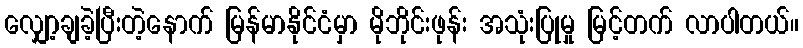
လျှော့ချခဲ့ပြီးတဲ့နောက် မြန်မာနိုင်ငံမှာ မိုဘိုင်းဖုန်း အသုံးပြုမှု မြင့်တက် လာပါတယ်။